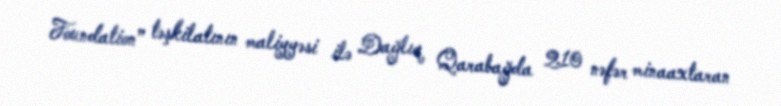
Foundation” təşkilatının maliyyəsi ilə Dağlıq Qarabağda 210 nəfər minaaxtaran